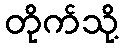
တိုက်သို့